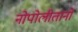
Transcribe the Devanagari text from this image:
नोपोलीतानो